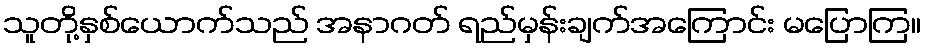
သူတို့နှစ်ယောက်သည် အနာဂတ် ရည်မှန်းချက်အကြောင်း မပြောကြ။